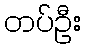
တပ်ဦး